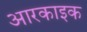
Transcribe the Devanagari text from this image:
आरकाइक